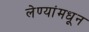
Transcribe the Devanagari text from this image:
लेण्यांमधून